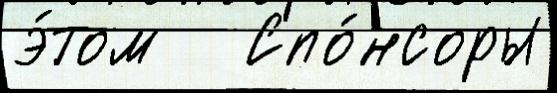
э́том   Спо́нсоры